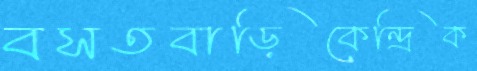
বসতবাড়িকেন্দ্রিক